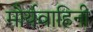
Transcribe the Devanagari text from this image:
मौर्यवाहिनी